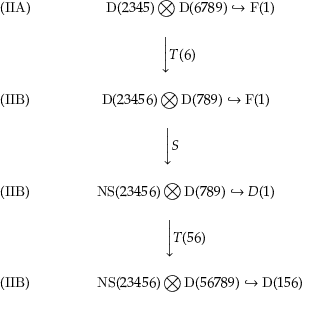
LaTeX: \begin{array} { c c c } { { ( \mathrm { I I A } ) \ \ \ \ \ } } & { { \ \ \mathrm { D } ( 2 3 4 5 ) \bigotimes \mathrm { D } ( 6 7 8 9 ) \hookrightarrow \mathrm { F } ( 1 ) } } \\ { { \ } } & { { } } \\ { { \ } } & { { \Biggl \downarrow { T { ( 6 ) \ \ \ } } } } \\ { { \ } } & { { } } \\ { { ( \mathrm { I I B } ) \ \ \ \ \ } } & { { \mathrm { D } ( 2 3 4 5 6 ) \bigotimes \mathrm { D } ( 7 8 9 ) \hookrightarrow \mathrm { F } ( 1 ) } } \\ { { \ } } & { { } } \\ { { \ } } & { { \Biggl \downarrow { S { \ \ \ \ \ \ } } } } \\ { { \ } } & { { } } \\ { { ( \mathrm { I I B } ) \ \ \ \ \ } } & { { \mathrm { N S } ( 2 3 4 5 6 ) \bigotimes \mathrm { D } ( 7 8 9 ) \hookrightarrow D ( 1 ) } } \\ { { \ } } & { { } } \\ { { \ } } & { { \Biggl \downarrow { T ( 5 6 ) } } } \\ { { \ } } & { { } } \\ { { ( \mathrm { I I B } ) \ \ \ \ \ } } & { { \ \ \ \ \ \ \mathrm { N S } ( 2 3 4 5 6 ) \bigotimes \mathrm { D } ( 5 6 7 8 9 ) \hookrightarrow \mathrm { D } ( 1 5 6 ) } } \end{array}